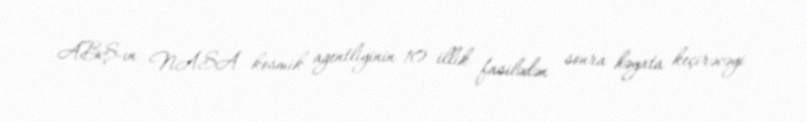
ABŞ-ın NASA kosmik agentliyinin 10 illik fasilədən sonra həyata keçirəcəyi